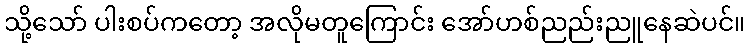
သို့သော် ပါးစပ်ကတော့ အလိုမတူကြောင်း အော်ဟစ်ညည်းညူနေဆဲပင်။